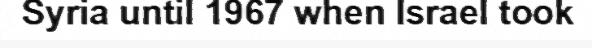
Syria until 1967 when Israel took